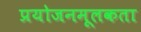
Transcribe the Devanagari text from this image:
प्रयोजनमूलकता